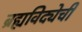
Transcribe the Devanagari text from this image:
ब्रह्यविद्येची